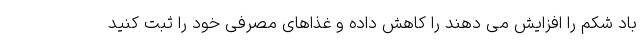
باد شکم را افزایش می دهند را کاهش داده و غذاهای مصرفی خود را ثبت کنید